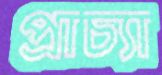
প্রাচ্যা